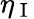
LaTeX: \eta_{\mathrm{~I~}}